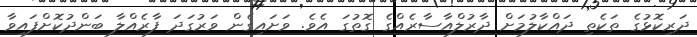
ދަރިކޮޅުގެ ތަކެތި ދައްކާލުމަށް ދާރުލްއާސާރެއްގެ ގޮތުގަ އެވެ. ވަށައިގެން ވަރުގަދަ ފާރެއްލާ ބަންދުކޮށްފައިވާ